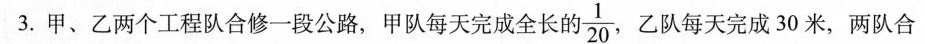
3.甲、乙两个工程队合修一段公路，甲队每天完成全长的 \frac{1}{20}，乙队每天完成30米，两队合